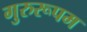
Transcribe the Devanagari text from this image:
गुरुरूपम